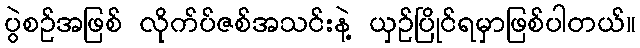
ပွဲစဉ်အဖြစ် လိုက်ပ်ဇစ်အသင်းနဲ့ ယှဉ်ပြိုင်ရမှာဖြစ်ပါတယ်။